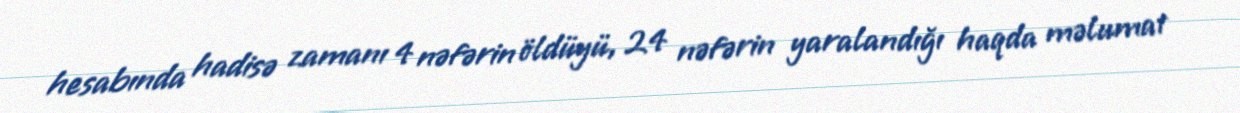
hesabında hadisə zamanı 4 nəfərin öldüyü, 24 nəfərin yaralandığı haqda məlumat